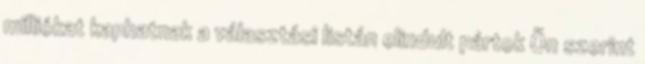
milliókat kaphatnak a választási listán elindult pártok Ön szerint